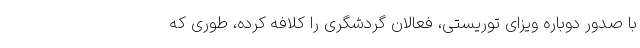
با صدور دوباره ویزای توریستی، فعالان گردشگری را کلافه کرده، طوری که